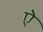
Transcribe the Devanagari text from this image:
एे